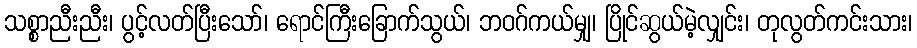
သစ္စာညီးညီး၊ ပွင့်လတ်ပြီးသော်၊ ရောင်ကြီးခြောက်သွယ်၊ ဘဝဂ်ကယ်မျှ၊ ပြိုင်ဆွယ်မဲ့လျှင်း၊ တုလွတ်ကင်းသား၊